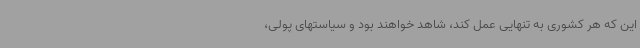
این که هر کشوری به تنهایی عمل کند، شاهد خواهند بود و سیاستهای پولی،